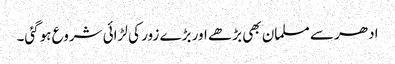
ادھر سے مسلمان بھی بڑھے اور بڑے زور کی لڑائی شروع ہوگئی۔